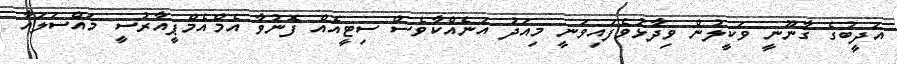
އަދީބުގެ ގާނޫނީ ވަކީލުން ވިދާޅުވެފައިވަނީ މިއަދު އަނެއްކާވެސް ސިޓީއެއް ފޮނުވާ އެމްއެމްޕީއާރުސީ މައްސަލައާ